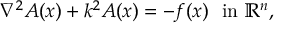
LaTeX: \nabla ^ { 2 } A ( x ) + k ^ { 2 } A ( x ) = - f ( x ) \ { \mathrm { ~ i n ~ } } \mathbb { R } ^ { n } ,